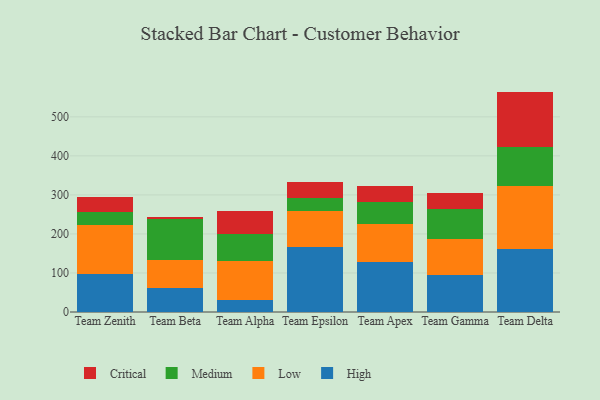
{"axis": {"x": "Team", "y": "Temperature (°C)"}, "legend": ["Critical", "High", "Low", "Medium"], "data": [{"x": "Team Zenith", "y": 98.1, "type": "High"}, {"x": "Team Zenith", "y": 124.0, "type": "Low"}, {"x": "Team Zenith", "y": 34.8, "type": "Medium"}, {"x": "Team Zenith", "y": 37.0, "type": "Critical"}, {"x": "Team Beta", "y": 60.7, "type": "High"}, {"x": "Team Beta", "y": 73.2, "type": "Low"}, {"x": "Team Beta", "y": 103.6, "type": "Medium"}, {"x": "Team Beta", "y": 5.7, "type": "Critical"}, {"x": "Team Alpha", "y": 31.6, "type": "High"}, {"x": "Team Alpha", "y": 98.5, "type": "Low"}, {"x": "Team Alpha", "y": 68.7, "type": "Medium"}, {"x": "Team Alpha", "y": 60.1, "type": "Critical"}, {"x": "Team Epsilon", "y": 166.1, "type": "High"}, {"x": "Team Epsilon", "y": 93.3, "type": "Low"}, {"x": "Team Epsilon", "y": 33.8, "type": "Medium"}, {"x": "Team Epsilon", "y": 40.1, "type": "Critical"}, {"x": "Team Apex", "y": 126.9, "type": "High"}, {"x": "Team Apex", "y": 97.7, "type": "Low"}, {"x": "Team Apex", "y": 57.1, "type": "Medium"}, {"x": "Team Apex", "y": 41.2, "type": "Critical"}, {"x": "Team Gamma", "y": 94.7, "type": "High"}, {"x": "Team Gamma", "y": 93.2, "type": "Low"}, {"x": "Team Gamma", "y": 76.1, "type": "Medium"}, {"x": "Team Gamma", "y": 41.4, "type": "Critical"}, {"x": "Team Delta", "y": 161.6, "type": "High"}, {"x": "Team Delta", "y": 161.3, "type": "Low"}, {"x": "Team Delta", "y": 99.3, "type": "Medium"}, {"x": "Team Delta", "y": 142.5, "type": "Critical"}]}